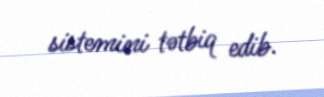
sistemini tətbiq edib.